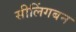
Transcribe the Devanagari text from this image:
सीलिंगबन